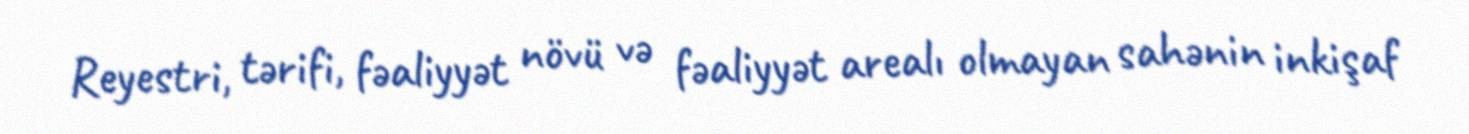
Reyestri, tərifi, fəaliyyət növü və fəaliyyət arealı olmayan sahənin inkişaf